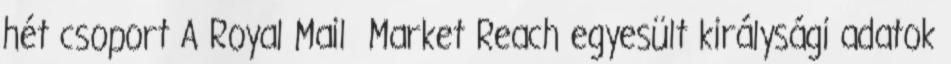
hét csoport A Royal Mail Market Reach egyesült királysági adatok